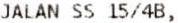
JALAN SS 15/4B,